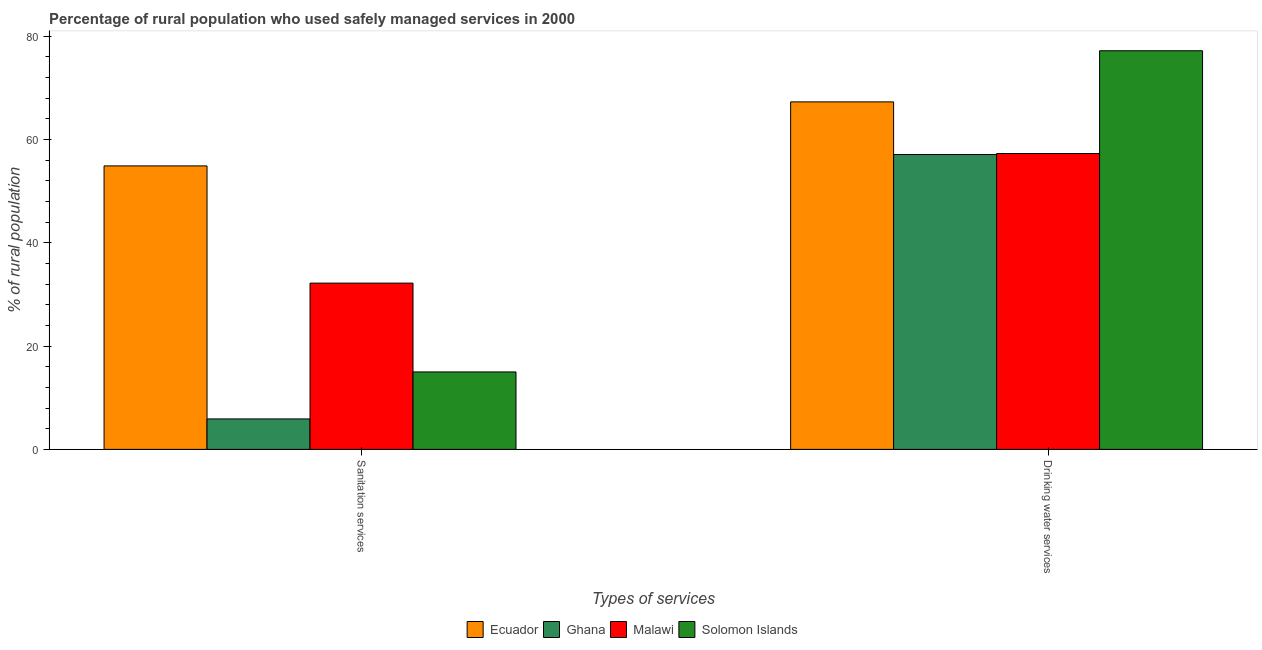
| Types of services | Ecuador | Ghana | Malawi | Solomon Islands |
 | --- | --- | --- | --- | --- |
 | Sanitation services | 54.9 | 5.9 | 32.2 | 15 |
 | Drinking water services | 67.3 | 57.1 | 57.3 | 77.2 |